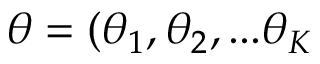
\theta = ( \theta _ { 1 } , \theta _ { 2 } , . . . \theta _ { K }